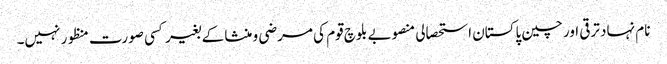
نام نہاد ترقی اور چین پاکستان استحصالی منصوبے بلوچ قوم کی مرضی و منشا کے بغیر کسی صورت منظور نہیں۔